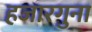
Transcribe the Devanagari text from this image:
हजारगुना